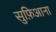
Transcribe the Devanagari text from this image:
सुफ़िआना